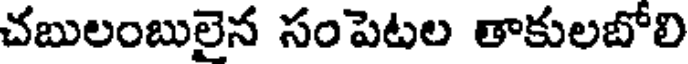
చబులంబులైన సంపెటల తాకులబోలి